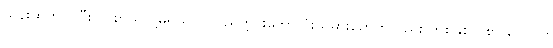
သန်းထက် ပိုပြီး လစာယူလို့မရသလို ပြည်တွင်းဘောလုံးသမားတွေကိုလည်း တစ်နှစ်လစာ ပေါင် ၆